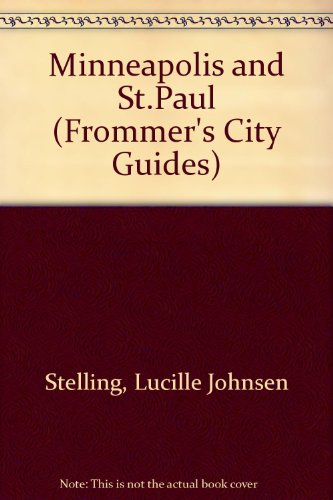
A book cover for Frommer's Comprehensive Travel Guide: Minneapolis & St. Paul (Frommer's City Guides); Lucille Johnsen Stelling; Travel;